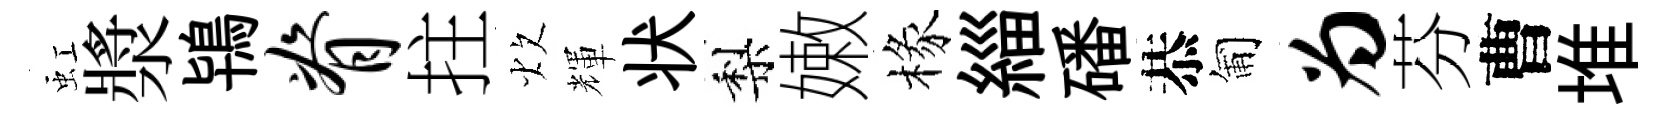
虹漿鴇脊拄炊輝状梨嫩椽緇磻恭匍为芬曹堆